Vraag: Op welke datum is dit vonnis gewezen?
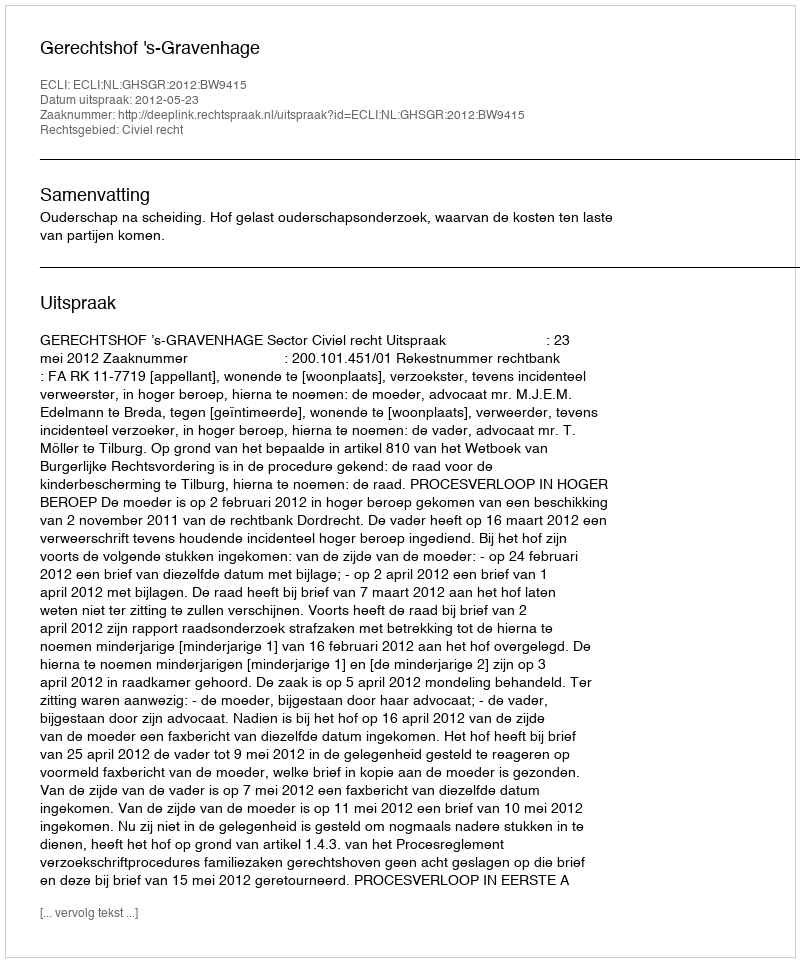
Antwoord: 2012-05-23